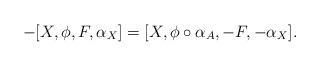
LaTeX: \begin{align*} -[X, \phi, F, \alpha_X] = [X, \phi\circ\alpha_A, -F, -\alpha_X].\end{align*}